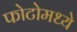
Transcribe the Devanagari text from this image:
फोटोमध्ये